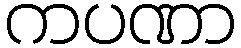
ကပဏာ